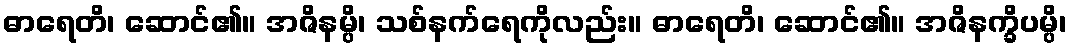
ဓာရေတိ၊ ဆောင်၏။ အဇိနမ္ပိ၊ သစ်နက်ရေကိုလည်း။ ဓာရေတိ၊ ဆောင်၏။ အဇိနက္ခိပမ္ပိ၊